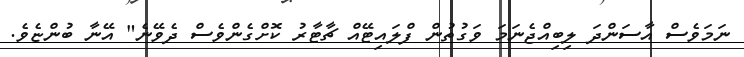
ނަަމަވެސް އާސަންދަ ލިބިއްޖެނަމަ ވަގުތުން ފްލައިޓޭއް ޗާޓާރު ކޮށްގެންވެސް ދެވޭނެ" އޭނާ ބުންޏެވެ.